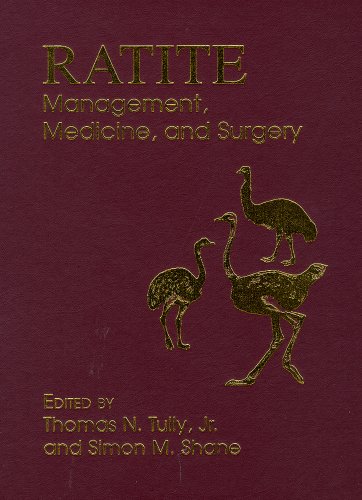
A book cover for Ratite Management, Medicine, and Surgery; Medical Books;